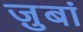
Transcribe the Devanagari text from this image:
ज़ुबां